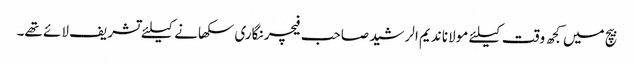
بیچ میں کجھ وقت کیلئے مولانا ندیم الرشید صاحب فیچر نگاری سکھانے کیلئے تشریف لائے تھے۔